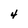
Character: 4